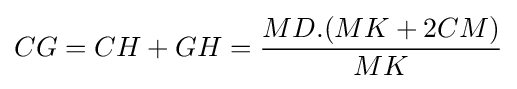
CG=CH+GH={\frac {MD.(MK+2CM)}{MK}}